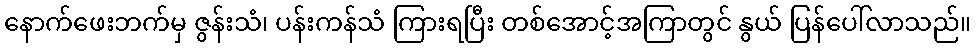
နောက်ဖေးဘက်မှ ဇွန်းသံ၊ ပန်းကန်သံ ကြားရပြီး တစ်အောင့်အကြာတွင် နွယ် ပြန်ပေါ်လာသည်။